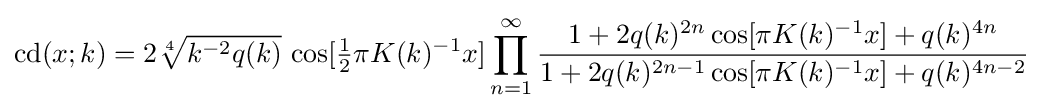
\operatorname {cd} (x;k)=2{\sqrt[{4}]{k^{-2}q(k)}}\,\cos[{\tfrac {1}{2}}\pi K(k)^{-1}x]\prod _{n=1}^{\infty }{\frac {1+2q(k)^{2n}\cos[\pi K(k)^{-1}x]+q(k)^{4n}}{1+2q(k)^{2n-1}\cos[\pi K(k)^{-1}x]+q(k)^{4n-2}}}